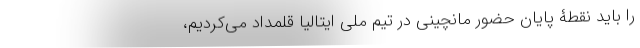
را باید نقطۀ پایان حضور مانچینی در تیم ملی ایتالیا قلمداد می‌کردیم،